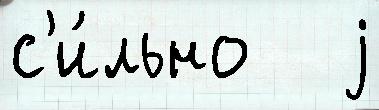
с'и́льно   j